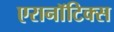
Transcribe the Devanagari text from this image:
एरानाॅटिक्स